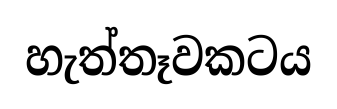
හැත්තෑවකටය